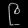
Digit: ၉